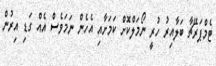
ޓެމްޕަރޭޗާ ބަލާއިރު ހުރީ ނޯމަލްކޮށް ކަމަށާއި އެހެން ނަމަވެސް އެއް ގަޑި އިރުން